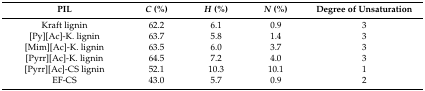
<table><thead><tr><td><b>PIL</b></td><td><b><i>C</i> (%)</b></td><td><b><i>H</i> (%)</b></td><td><b><i>N</i> (%)</b></td><td><b>Degree of Unsaturation</b></td></tr></thead><tbody><tr><td>Kraft lignin</td><td>62.2</td><td>6.1</td><td>0.9</td><td>3</td></tr><tr><td>[Py][Ac]-K. lignin</td><td>63.7</td><td>5.8</td><td>1.4</td><td>3</td></tr><tr><td>[Mim][Ac]-K. lignin</td><td>63.5</td><td>6.0</td><td>3.7</td><td>3</td></tr><tr><td>[Pyrr][Ac]-K. lignin</td><td>64.5</td><td>7.2</td><td>4.0</td><td>3</td></tr><tr><td>[Pyrr][Ac]-CS lignin</td><td>52.1</td><td>10.3</td><td>10.1</td><td>1</td></tr><tr><td>EF-CS</td><td>43.0</td><td>5.7</td><td>0.9</td><td>2</td></tr></tbody></table>